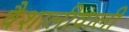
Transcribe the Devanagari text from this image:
वैशालीवाली